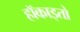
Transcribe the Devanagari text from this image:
हॉकाइतो